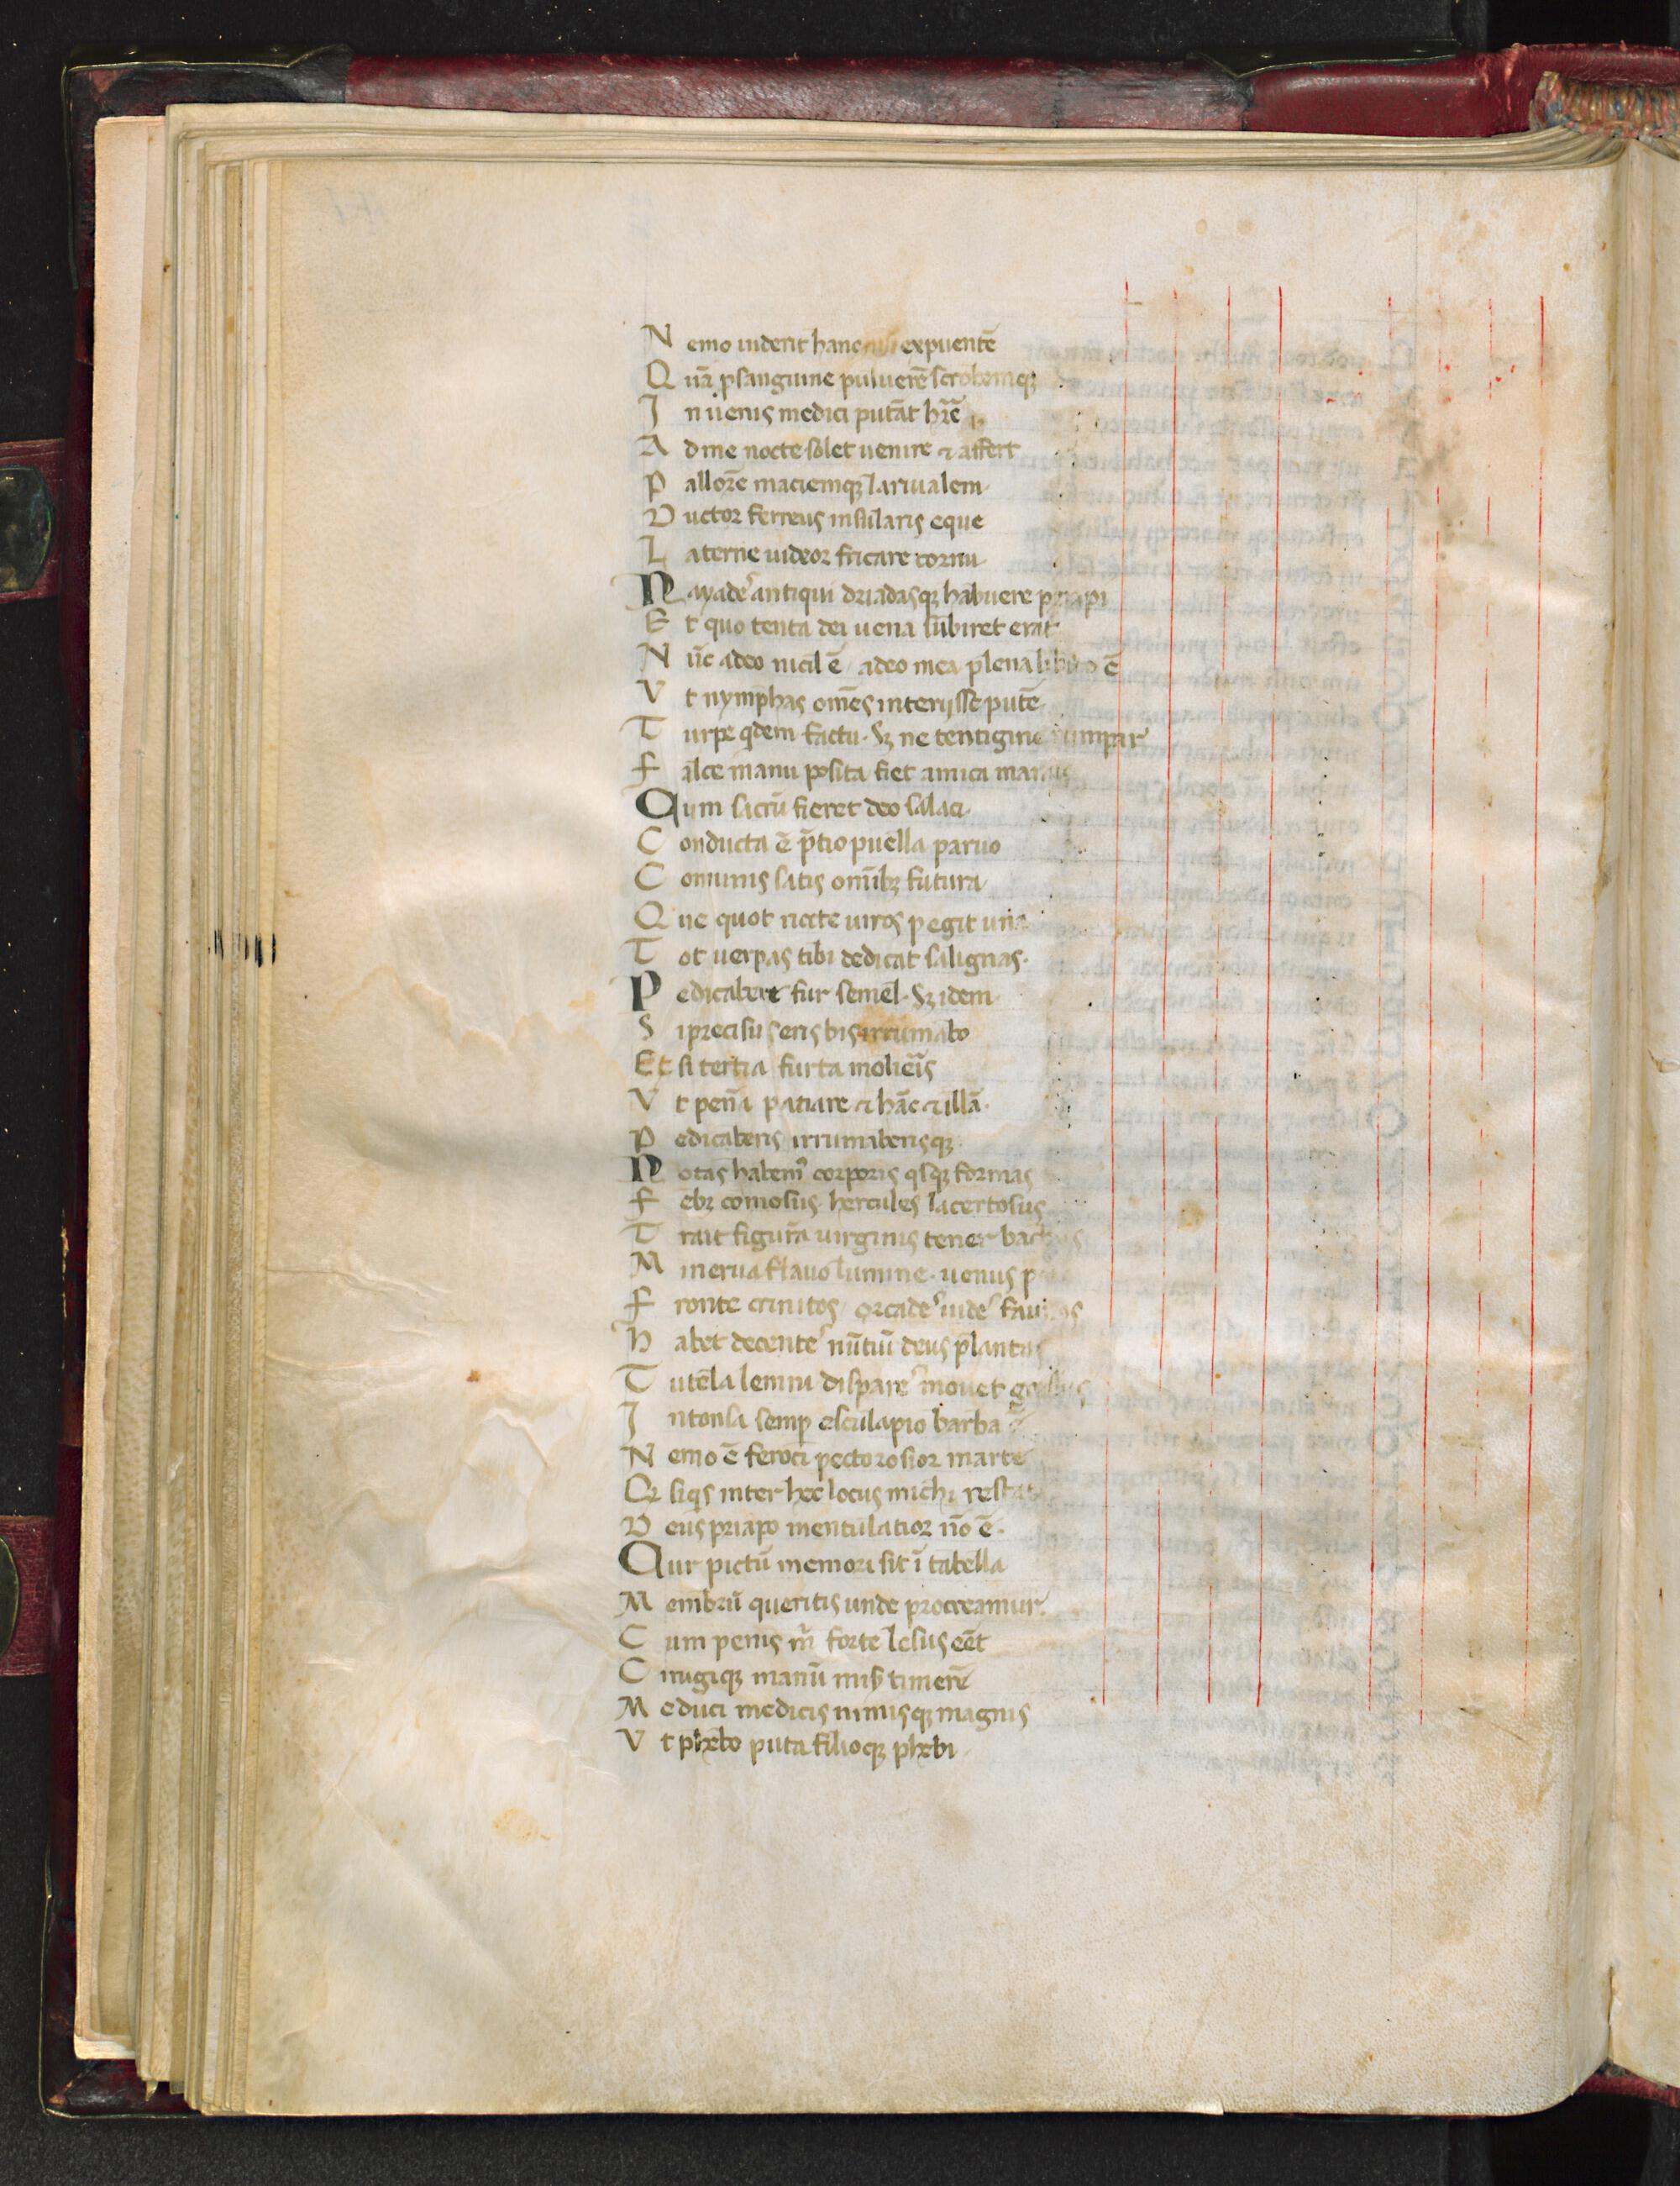
Shelfmark: Florence, Biblioteca Medicea Laurenziana, Laur. Plut. 33.31
Century: 14